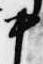
中